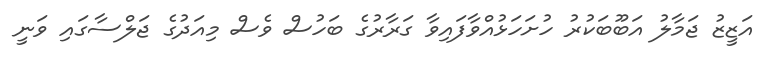
އަޒީޒު ޖަމާލު އަބޫބަކުރު ހުށަހަޅުއްވާފައިވާ ގަރާރުގެ ބަހުސް ވެސް މިއަދުގެ ޖަލްސާގައި ވަނީ